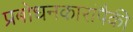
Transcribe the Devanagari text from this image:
प्रबोधनकारांपैकी